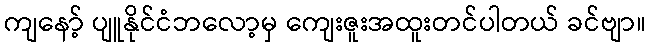
ကျနော့် ပျူနိုင်ငံဘလော့မှ ကျေးဇူးအထူးတင်ပါတယ် ခင်ဗျာ။